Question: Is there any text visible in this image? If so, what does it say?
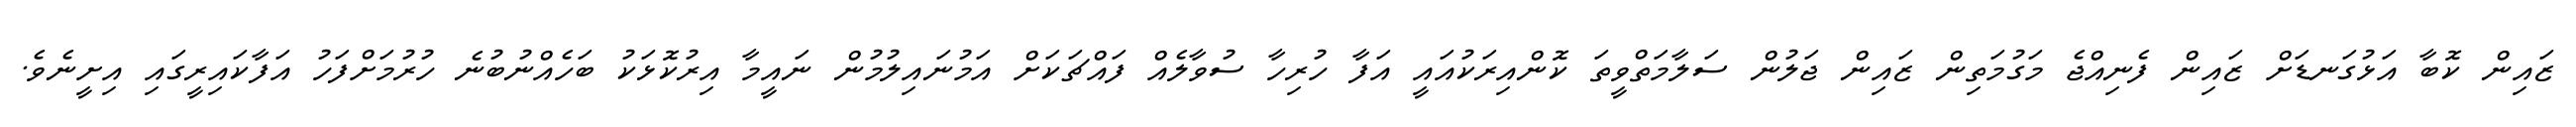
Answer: ޒައިން ކޮބާ އަޅުގަނޑަށް ޒައިން ފެނިއްޖެ މަގުމަތިން ޒައިން ޖަލުން ސަލާމަތްވީތަ ކޮންއިރަކުއައީ އަފާ ހުރިހާ ސުވާލެއް ފައްޗަކަށް އަމުނައިލުމުން ނައީމާ އިރުކޮޅަކު ބަހެއްނުބުނެ ހުރުމަށްފަހު އަފާކައިރީގައި އިށީނެވެ.